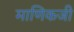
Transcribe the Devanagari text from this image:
माणिकजी